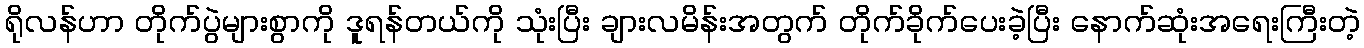
ရိုလန်ဟာ တိုက်ပွဲများစွာကို ဒူရန်တယ်ကို သုံးပြီး ချားလမိန်းအတွက် တိုက်ခိုက်ပေးခဲ့ပြီး နောက်ဆုံးအရေးကြီးတဲ့